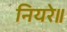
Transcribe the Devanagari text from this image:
नियरे॥